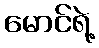
မောင်ရဲ့